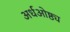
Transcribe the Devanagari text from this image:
अर्धओष्ठ्य